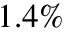
1 . 4 \%